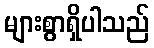
များစွာရှိပါသည်